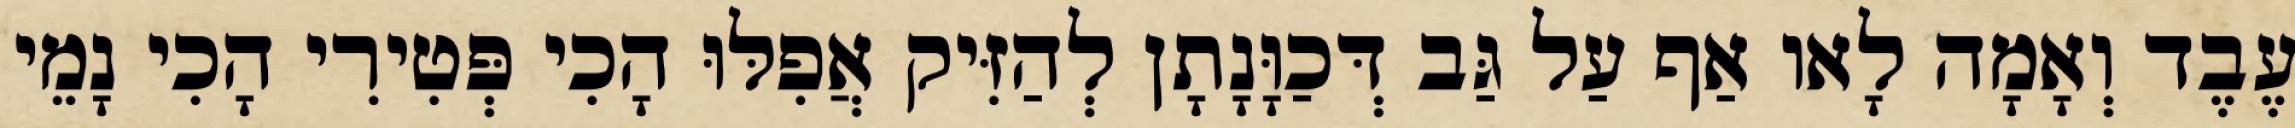
עֶבֶד וְאָמָה לָאו אַף עַל גַּב דְּכַוָּנָתָן לְהַזִּיק אֲפִלּוּ הָכִי פְּטִירִי הָכִי נָמֵי